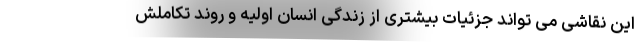
این نقاشی می تواند جزئیات بیشتری از زندگی انسان اولیه و روند تکاملش